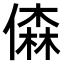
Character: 𠎊